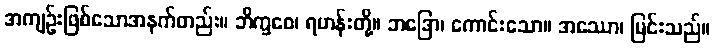
အကျဉ်းဖြစ်သောအနက်တည်း။ ဘိက္ခဝေ၊ ရဟန်းတို့။ ဘဒြော၊ ကောင်းသော။ အဿော၊ မြင်းသည်။